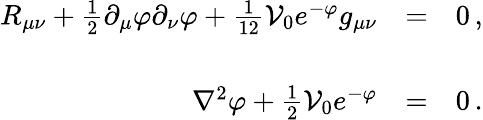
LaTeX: \begin{array}{rcl}{{R_{\mu\nu}+\frac{1}{2}\partial_{\mu}\varphi\partial_{\nu}\varphi+\frac{1}{12}{\cal V}_{0}e^{-\varphi}g_{\mu\nu}}}&{{=}}&{{0\, ,}}\\ {{}}&{{}}&{{}}\\ {{\nabla^{2}\varphi+\frac{1}{2}{\cal V}_{0}e^{-\varphi}}}&{{=}}&{{0\, .}}\end{array}